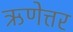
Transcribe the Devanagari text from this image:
ऋणेत्तर